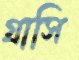
গ্রাসি